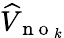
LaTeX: \widehat{V}_{\mathrm{~n~o~}_{k}}